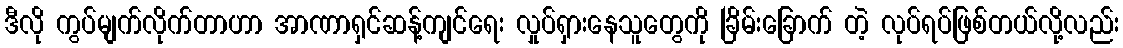
ဒီလို ကွပ်မျက်လိုက်တာဟာ အာဏာရှင်ဆန့်ကျင်ရေး လှုပ်ရှားနေသူတွေကို ခြိမ်းခြောက် တဲ့ လုပ်ရပ်ဖြစ်တယ်လို့လည်း